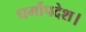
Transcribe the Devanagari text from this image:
धर्मोपदेश।